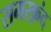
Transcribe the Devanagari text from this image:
समरक़ंद